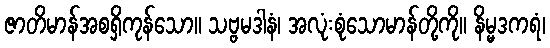
ဇာတိမာန်အစရှိကုန်သော။ သဗ္ဗမဒါနံ၊ အလုံးစုံသောမာန်တို့ကို။ နိမ္မဒကရံ၊